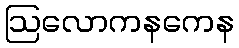
ဩလောကနကေန